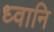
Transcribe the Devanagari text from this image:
ध्वानि